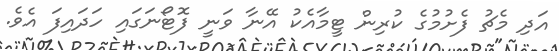
އަދި މެޗު ފެށުމުގެ ކުރިން ޓީމާއެކު އޭނާ ވަނީ ފޮޓޯނަގައި ހަދައިފަ އެވެ.